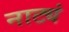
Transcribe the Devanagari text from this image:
नाट्यं